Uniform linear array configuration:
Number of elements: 48
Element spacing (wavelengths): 0.25
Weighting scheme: uniform
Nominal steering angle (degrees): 45
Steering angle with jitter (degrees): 45.929
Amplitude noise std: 0.05
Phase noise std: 0.05

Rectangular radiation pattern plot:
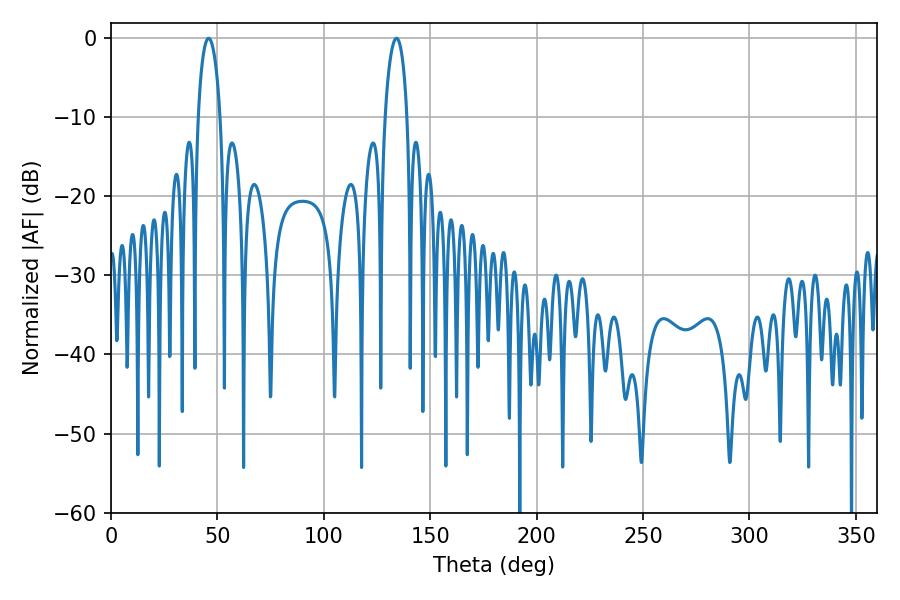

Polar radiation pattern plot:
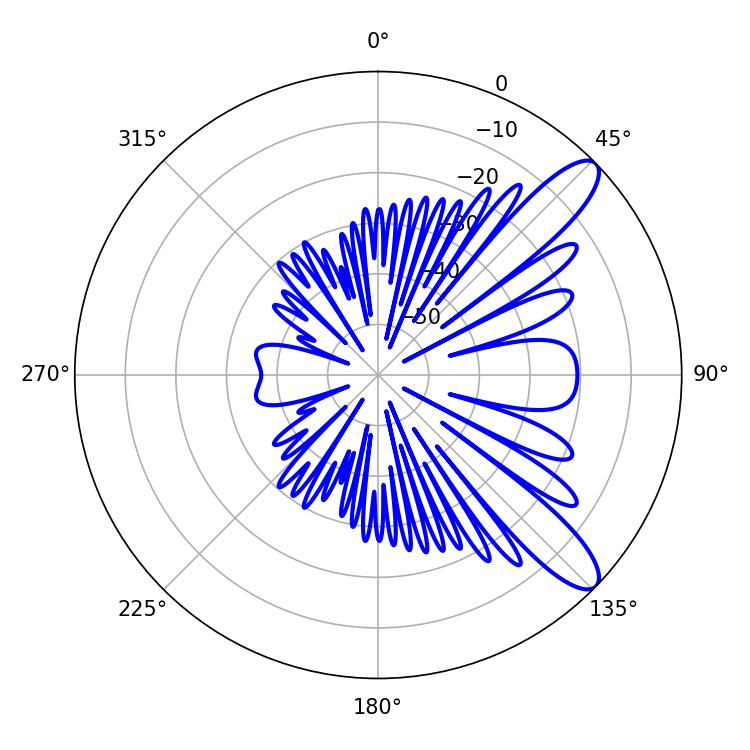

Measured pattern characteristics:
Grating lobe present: FALSE
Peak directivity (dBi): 10.656
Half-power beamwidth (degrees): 5.94
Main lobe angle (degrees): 45.9